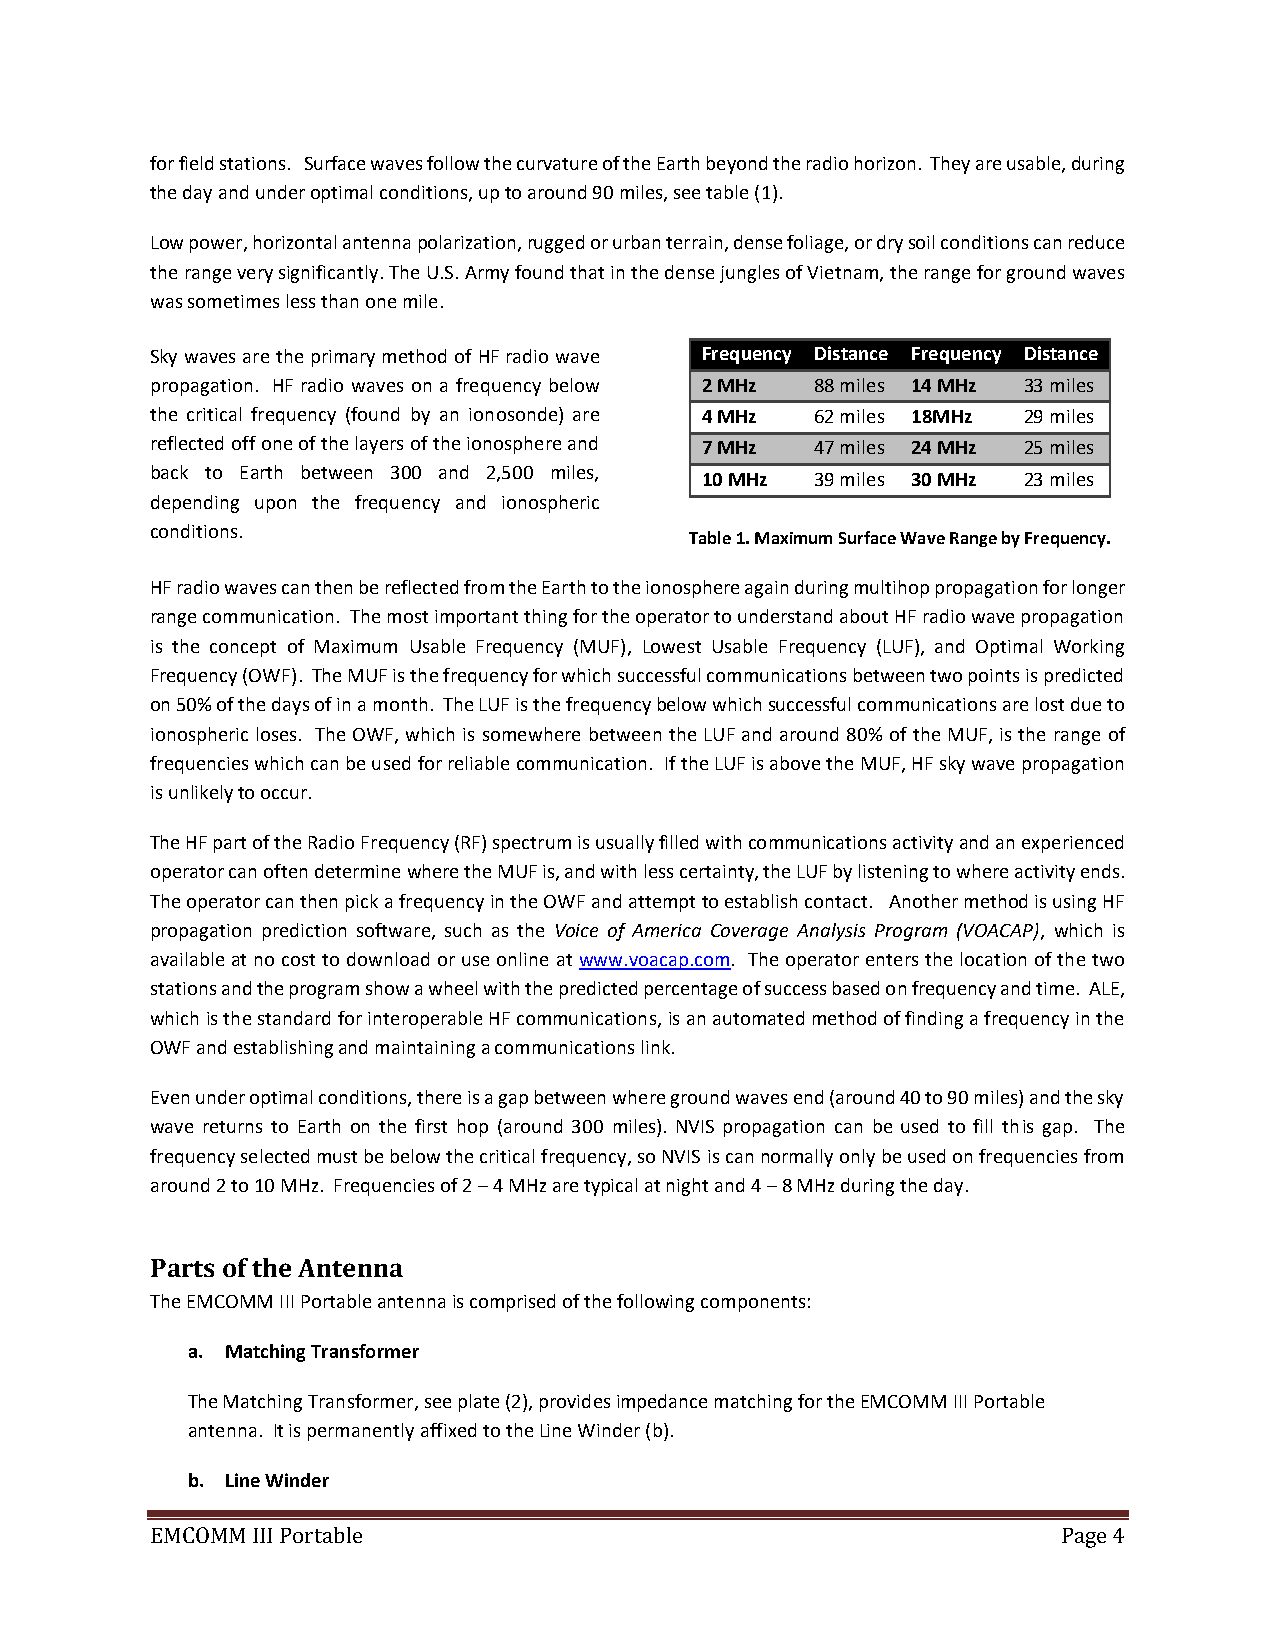
for field stations. Surface waves follow the curvature of the Earth beyond the radio horizon. They are usable, during
 the day and under optimal conditions, up to around 90 miles, see table (1).
 Low power, horizontal antenna polarization, rugged or urban terrain, dense foliage, or dry soil conditions can reduce
 the range very significantly. The U.S. Army found that in the dense jungles of Vietnam, the range for ground waves
 was sometimes less than one mile.
 Sky waves are the primary method of HF radio wave Frequency Distance Frequency Distance
 propagation. HF radio waves on a frequency below 2 MHz 88 miles 14 MHz 33 miles
 the critical frequency (found by an ionosonde) are 4 MHz 62 miles 18MHz 29 miles
 reflected off one of the layers of the ionosphere and 7 MHz 47 miles 24 MHz 25 miles
 back to Earth between 300 and 2,500 miles, 10 MHz 39 miles 30 MHz 23 miles
 depending upon the frequency and ionospheric
 conditions.
 Table 1. Maximum Surface Wave Range by Frequency.
 HF radio waves can then be reflected from the Earth to the ionosphere again during multihop propagation for longer
 range communication. The most important thing for the operator to understand about HF radio wave propagation
 is the concept of Maximum Usable Frequency (MUF), Lowest Usable Frequency (LUF), and Optimal Working
 Frequency (OWF). The MUF is the frequency for which successful communications between two points is predicted
 on 50% of the days of in a month. The LUF is the frequency below which successful communications are lost due to
 ionospheric loses. The OWF, which is somewhere between the LUF and around 80% of the MUF, is the range of
 frequencies which can be used for reliable communication. If the LUF is above the MUF, HF sky wave propagation
 is unlikely to occur.
 The HF part of the Radio Frequency (RF) spectrum is usually filled with communications activity and an experienced
 operator can often determine where the MUF is, and with less certainty, the LUF by listening to where activity ends.
 The operator can then pick a frequency in the OWF and attempt to establish contact. Another method is using HF
 propagation prediction software, such as the Voice of America Coverage Analysis Program (VOACAP), which is
 available at no cost to download or use online at www.voacap.com. The operator enters the location of the two
 stations and the program show a wheel with the predicted percentage of success based on frequency and time. ALE,
 which is the standard for interoperable HF communications, is an automated method of finding a frequency in the
 OWF and establishing and maintaining a communications link.
 Even under optimal conditions, there is a gap between where ground waves end (around 40 to 90 miles) and the sky
 wave returns to Earth on the first hop (around 300 miles). NVIS propagation can be used to fill this gap. The
 frequency selected must be below the critical frequency, so NVIS is can normally only be used on frequencies from
 around 2 to 10 MHz. Frequencies of 2 – 4 MHz are typical at night and 4 – 8 MHz during the day.
 Parts of the Antenna
 The EMCOMM III Portable antenna is comprised of the following components:
 a. Matching Transformer
 The Matching Transformer, see plate (2), provides impedance matching for the EMCOMM III Portable
 antenna. It is permanently affixed to the Line Winder (b).
 b. Line Winder
 EMCOMM III Portable                                         Page 4